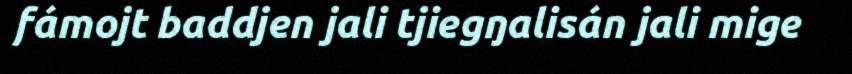
fámojt baddjen jali tjiegŋalisán jali mige